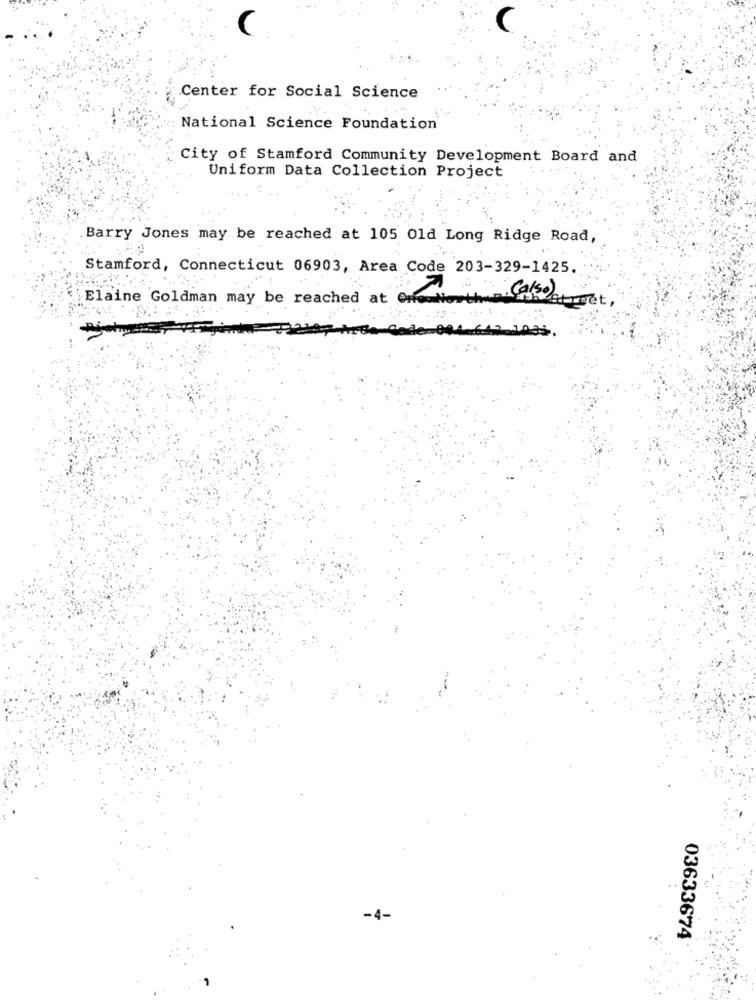
Center for Social Science
National Science Foundation
City of Stamford Community Development Board and
Uniform Data Collection Project
Barry Jones may be reached at 105 Old Long Ridge Road,
Stamford, Connecticut 06903, Area Code 203-329-1425
Elaine Goldman may be reached at Ono
Det,
12-1039
-4-
03633674